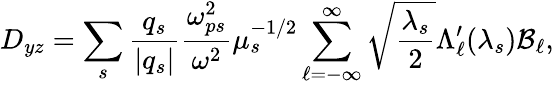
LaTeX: D_{yz}=\sum_{s}\frac{q_{s}}{|q_{s}|}\frac{\omega_{ps}^{2}}{\omega^{2}}\mu_{s}^{-1/2}\sum_{\ell=-\infty}^{\infty}\sqrt{\frac{\lambda_{s}}{2}}\Lambda_{\ell}^{\prime}(\lambda_{s})\mathcal{B}_{\ell},